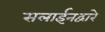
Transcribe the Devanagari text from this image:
सलाईनद्वारे